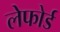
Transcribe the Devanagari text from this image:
लेफोर्ड